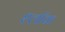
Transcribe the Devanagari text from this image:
श्लॉक